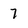
Character: 7